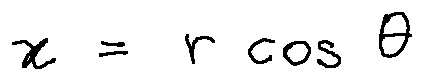
x = r \cos \theta